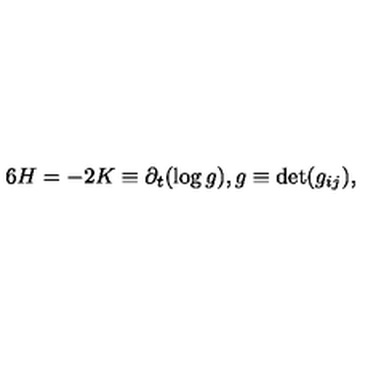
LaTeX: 6 H = - 2 K \equiv \partial _ { t } ( \log g ) , g \equiv \mathrm { d e t } ( g _ { i j } ) ,